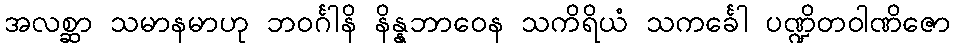
အလစ္ဆာ သမာနမာဟု ဘဝင်္ဂါနိ နိန္နဘာဝေန သကိရိယံ သကင်္ခေါ ပဏ္ဍိတဝါဏိဇော